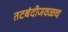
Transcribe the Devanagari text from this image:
तटबंदीजवळच